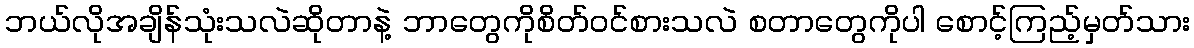
ဘယ်လိုအချိန်သုံးသလဲဆိုတာနဲ့ ဘာတွေကိုစိတ်ဝင်စားသလဲ စတာတွေကိုပါ စောင့်ကြည့်မှတ်သား